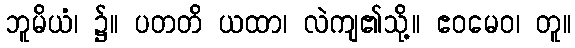
ဘူမိယံ၊ ၌။ ပတတိ ယထာ၊ လဲကျ၏သို့။ ဧဝမေဝ၊ တူ။